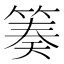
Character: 𥯪